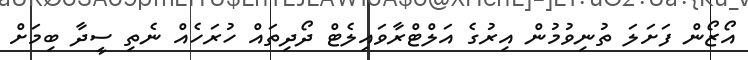
އޯޒޯން ފަށަލަ ތުނިވުމުން އިރުގެ އަލްޓްރާވައިލެޓް ދޯދިތައް ހުރަހެއް ނެތި ސީދާ ބިމަށް